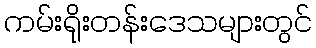
ကမ်းရိုးတန်းဒေသများတွင်